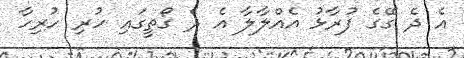
އެ ދެ ގޭގެ ފުރާޅު އެއްލާލާ އެ ދެ ގޯތީގައި ހުރި ހުރިހާ